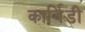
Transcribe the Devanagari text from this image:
कार्विडी